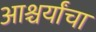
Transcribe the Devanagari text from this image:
आश्चर्यांचा